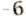
-6